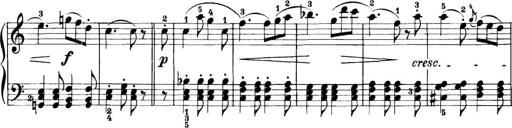
Title: 11 Sonatinas
Composer: Anton Diabelli